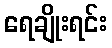
ရေချိုးရင်း